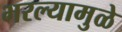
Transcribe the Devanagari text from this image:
भरल्यामुळे